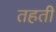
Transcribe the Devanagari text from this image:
तहती